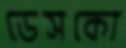
ডেসকো